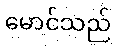
မောင်သည်